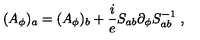
( A _ { \phi } ) _ { a } = ( A _ { \phi } ) _ { b } + \frac i e S _ { a b } \partial _ { \phi } S _ { a b } ^ { - 1 } \ ,